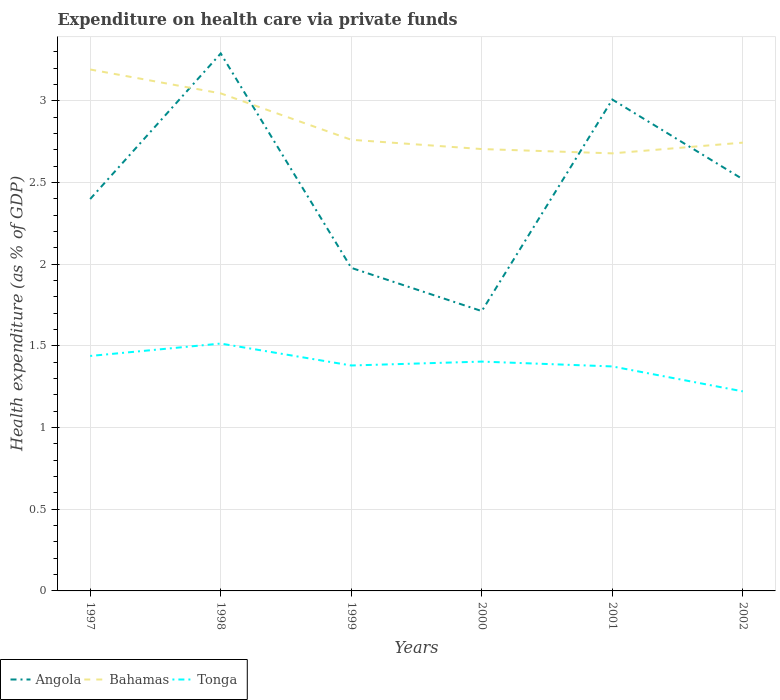
| Years | Angola | Bahamas | Tonga |
 | --- | --- | --- | --- |
 | 1997 | 2.4 | 3.19 | 1.44 |
 | 1998 | 3.29 | 3.05 | 1.51 |
 | 1999 | 1.98 | 2.76 | 1.38 |
 | 2000 | 1.71 | 2.71 | 1.4 |
 | 2001 | 3.01 | 2.68 | 1.37 |
 | 2002 | 2.52 | 2.75 | 1.22 |